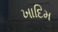
ખાદિમ